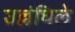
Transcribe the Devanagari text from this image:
उल्लंघिले